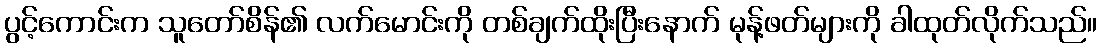
ပွင့်ကောင်းက သူတော်စိန်၏ လက်မောင်းကို တစ်ချက်ထိုးပြီးနောက် မုန့်ဖတ်များကို ခါထုတ်လိုက်သည်။